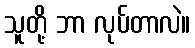
သူတို့ ဘာ လုပ်တာလဲ။